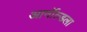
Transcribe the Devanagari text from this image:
आर्नॉल्डला